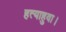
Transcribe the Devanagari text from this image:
हत्याहुवा।